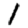
Digit: 1